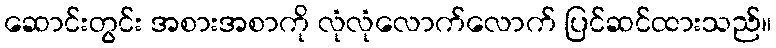
ဆောင်းတွင်း အစားအစာကို လုံလုံလောက်လောက် ပြင်ဆင်ထားသည်။